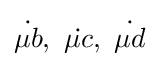
{\dot {\mu b}},\ {\dot {\mu c}},\ {\dot {\mu d}}